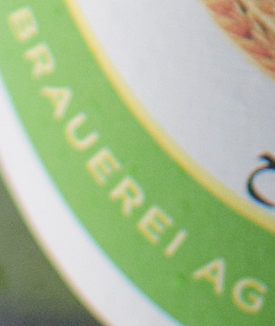
BRAUEREI AG